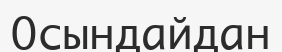
Осындайдан